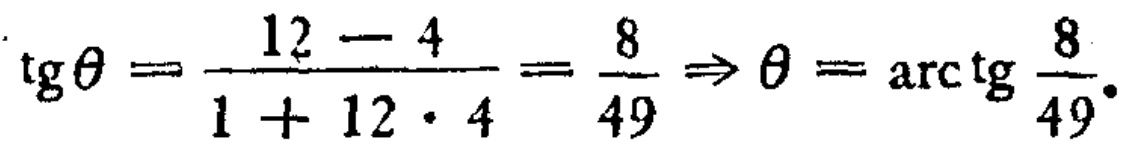
\(\text{tg}\theta=\frac{12 - 4}{1 + 12\cdot4}=\frac{8}{49}\Rightarrow\theta=\text{arc}\text{tg}\frac{8}{49}\)